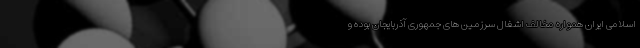
اسلامی ایران همواره مخالف اشغال سرزمین های جمهوری آذربایجان بوده و